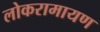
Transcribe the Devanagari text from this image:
लोकरामायण